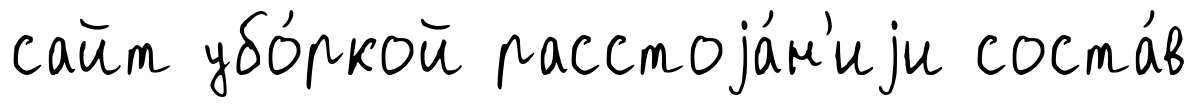
сайт убо́ркой расстоjа́н'иjи соста́в